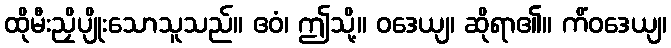
ထိုမီးညှိပျိုးသောသူသည်။ ဧဝံ၊ ဤသို့။ ဝဒေယျ၊ ဆိုရာ၏။ ကိံဝဒေယျ၊